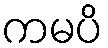
ကမပိ